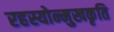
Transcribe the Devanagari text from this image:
रहस्योन्मुखकृति